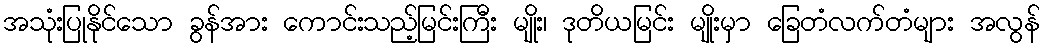
အသုံးပြုနိုင်သော ခွန်အား ကောင်းသည့်မြင်းကြီး မျိုး၊ ဒုတိယမြင်း မျိုးမှာ ခြေတံလက်တံများ အလွန်